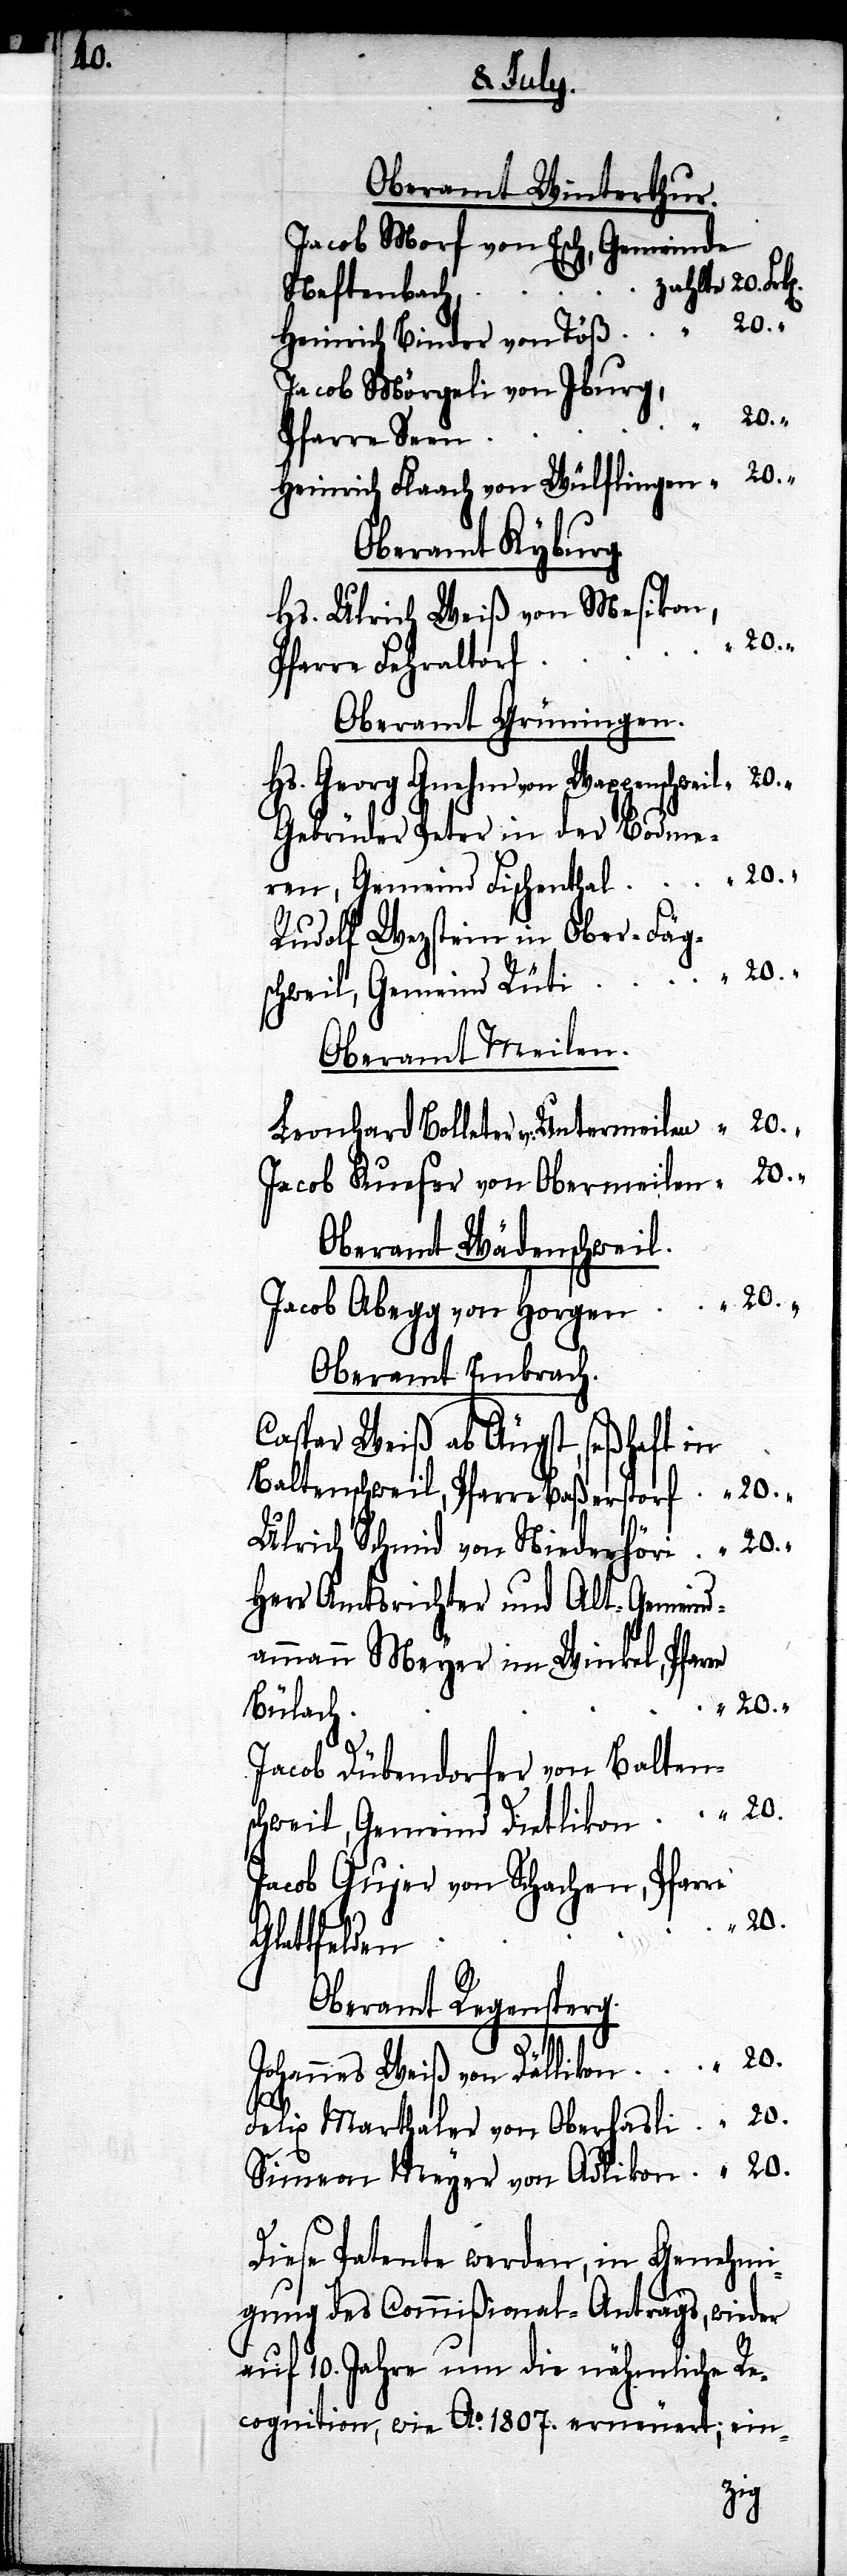
Oberamt Winterthur.
Jacob Morf von Esch, Gemeinde
Neftenbach,
Heinrich Binder von Töß
Jacob Mörgeli von Iburg,
“
Pfarre Seen
Heinrich Flaach von Wülfingen
Oberamt Kyburg.
Hs. Ulrich Weiß, von Mesikon,
Pfarre Fehraltorf
Oberamt Grüningen.
Hs. Georg Gnehm von Wappenschweil
Gebrüder Peter in der Bodme¬
ren, Gemeind Fischenthal
Rudolf Wezstein in Ober-Fäg¬
schweil, Gemeind Dietli¬
Oberamt Meilen.
Leonhard Bolleter von Untermeilen
Jacob Kueser von Obermeilen
Oberamt Wädenschweil.
Jacob Abegg von Horgen
Oberamt Embrach.
Caspar Weiß ab Äugst, seßhaft in
Baltenschweil, Pfarre Baßerstorf
Ulrich Schmid von Niederhöri
Herr Amtsrichter und Alt-Gemeind¬
ammann Meyer im Winkel, Pfar¬
Bülach
Jacob Dübendorfer von Balten¬
Jacob Gujer von Schachen, Pfarre
20.
“
Glattfelden
Oberamt Regensperg.
kon
“
Johannes Weiß von Dällikon
20.
Felix Marthaler von Oberhasli
Simeon Meyer von Adlikon
Diese Patente werden, in Genehmi¬
gung des Commißional-Antrags, wieder
auf 10. Jahre um die nähmliche Re¬
cognition, wie Ao. 1807. erneuert; ein-